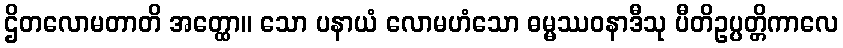
ဌိတလောမတာတိ အတ္ထော။ သော ပနာယံ လောမဟံသော ဓမ္မဿဝနာဒီသု ပီတိဥပ္ပတ္တိကာလေ